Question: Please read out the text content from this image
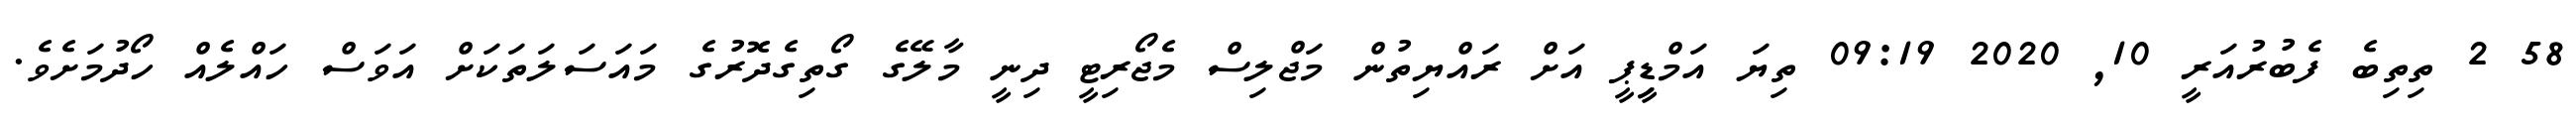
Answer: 58 2 ތިތިބެ ފެބުރުއަރީ 10, 2020 09:19 ތިޔަ އަމްޑިީޕީ އަށް ރައްޔިތުން މަޖްލިސް މެޖޯރިޓީ ދިނީ މާލޭގެ ގޯތިގެދޮރުގެ މައަސަލަތަކަށް އަވަސް ހައްލެއް ހޯދުމަށެވެ.